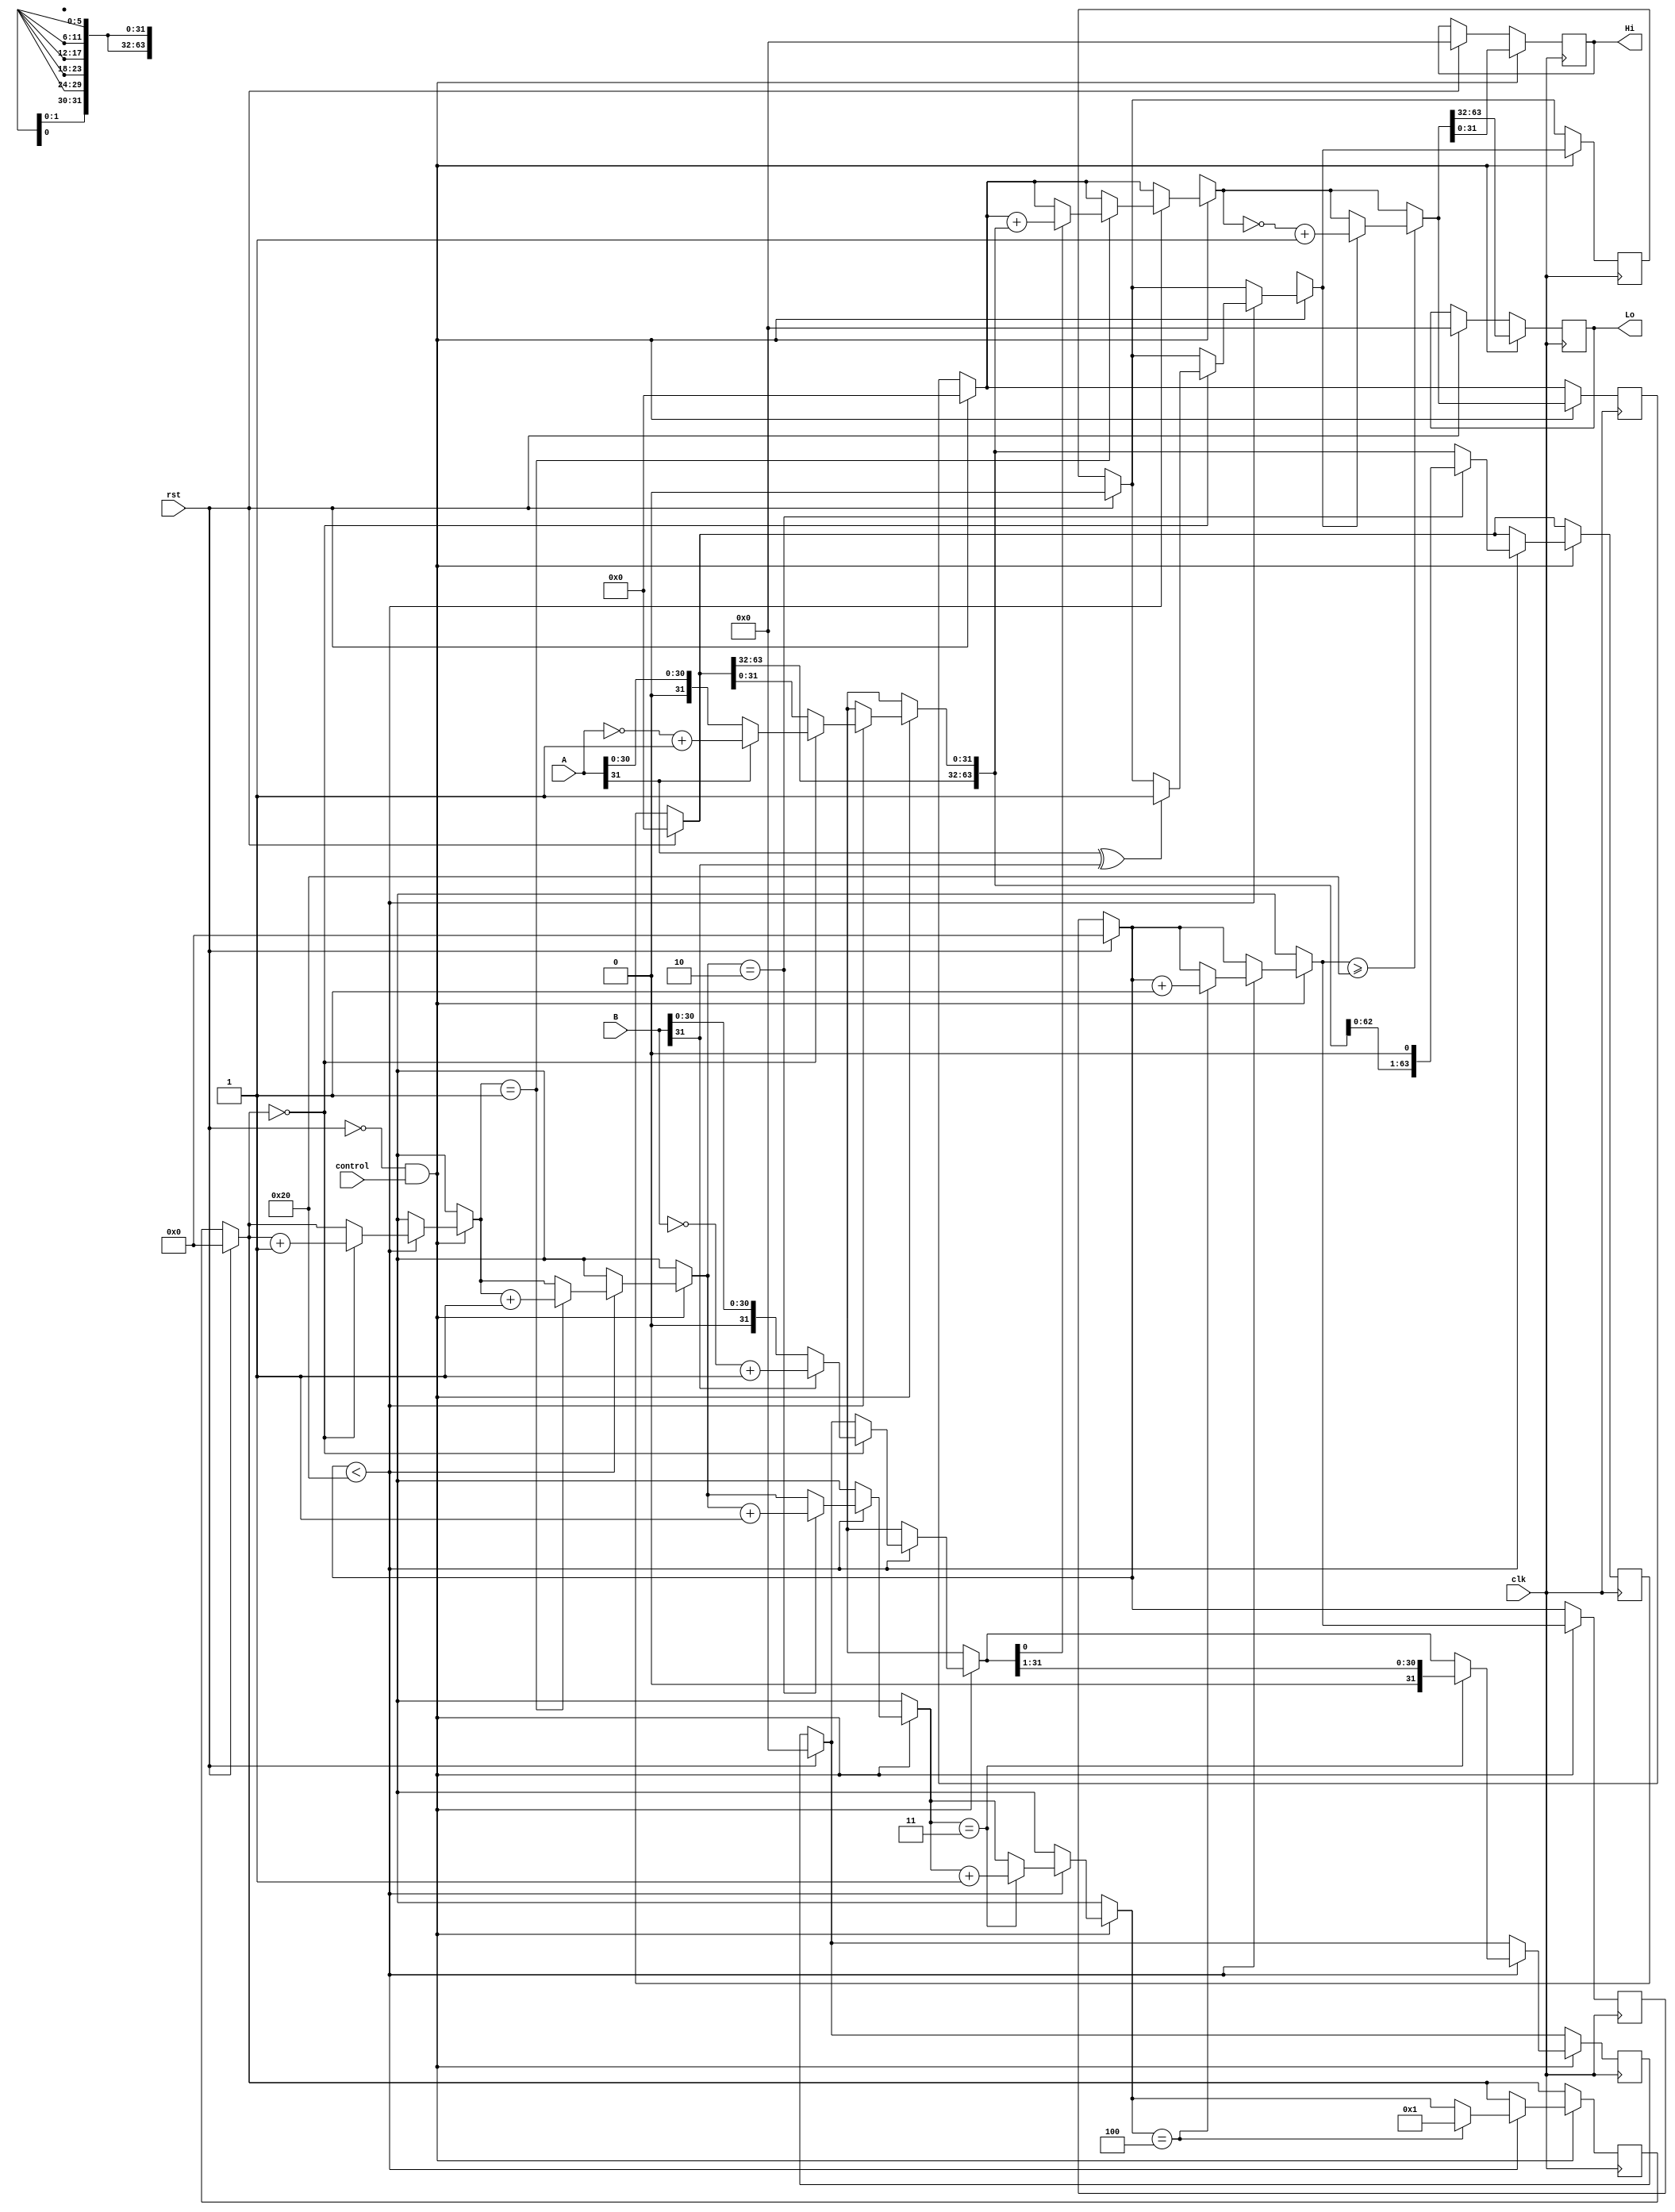
module MULT (
    input                        clk,
    input                        rst,
    input                        control,
    input   wire signed  [31:0]  A,
    input   wire signed  [31:0]  B,
    output  reg signed  [31:0]  Lo,
    output  reg signed  [31:0]  Hi
);

    reg [63:0]  multiplicando;
    reg [31:0]  multiplicador;
    reg signed [63:0]  product;
    reg         [5:0]   counter;
    reg         [5:0]   repetitions;

    reg sign;

    always @(posedge clk) begin
        if (rst) begin
            multiplicando   = 64'b0;
            multiplicador   = 32'b0;
            product         = 64'b0;
            repetitions     = 6'b0;
            counter         = 6'b0;
            Lo              = 32'b0;
            Hi              = 32'b0;
            sign = 1'b0;
        end
        
        if (!rst && control) begin
            if (repetitions < 32) begin
                if (counter == 6'b000000) begin
                    if (A[31]) begin
                        multiplicando[31:0] = ~A + 1'b1;
                    end
                    else begin
                        multiplicando[31:0] = A;
                    end

                    if (B[31]) begin
                        multiplicador = ~B + 1'b1;
                    end
                    else begin
                        multiplicador = B;
                    end

                    if (A[31] ^ B[31]) begin
                        sign = 1'b1;
                    end

                    counter = counter + 1;
                end

                if (counter == 6'b000001) begin
                    if (multiplicador[0] == 1'b1) begin
                        product = product + multiplicando;
                    end
                    counter = counter + 1;
                end
                
                if (counter == 6'b000010) begin
                    multiplicando = multiplicando << 1'b1;
                    counter = counter + 1;
                end

                if (counter == 6'b000011) begin
                    multiplicador = multiplicador >> 1'b1;
                    counter = counter + 1;
                end

                if (counter == 6'b000100) begin
                    counter = 6'b000001;
                    repetitions = repetitions + 1;
                end
            end

            if (repetitions >= 32) begin
                if (sign) begin
                    product = ~product + 1'b1;
                end
            end

            Hi = product[31:0];
            Lo = product[63:32];
        end
    end

endmodule